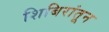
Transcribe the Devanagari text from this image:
शिबिरांतून